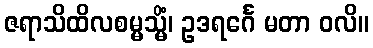
ဇရာသိထိလစမ္မသ္မိံ၊ ဥဒရင်္ဂေ မတာ ဝလိ။